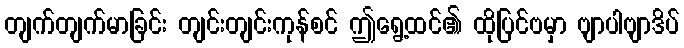
တျက်တျက်မာခြင်း တျင်းတျင်းကုန်စင် ဤရွေ့ထင်၏ ထိုပြင်ဗမှာ ဗျာပါဗျာဒိပ်